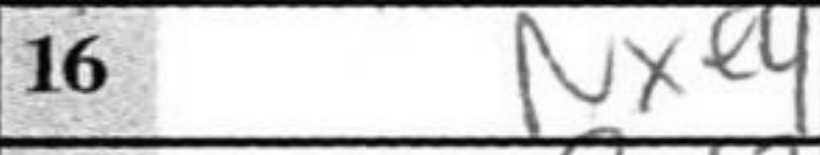
Transcription: Nxe4